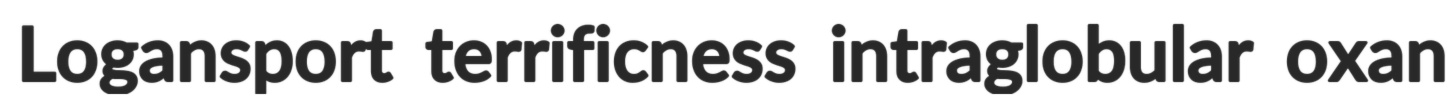
Logansport terrificness intraglobular oxan